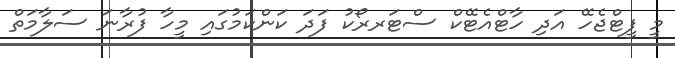
މީ ފީޓްޖެހޭ އަދި ހާޓްއެޓޭކް ސްޓަރރޯކު ފަދަ ކަންކަމުގައި މީހާ ފުރާނަ ސަލާމަތް